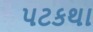
પટકથા